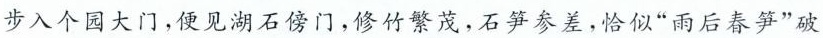
步入个园大门，便见湖石傍门，修竹繁茂，石笋参差，恰似”雨后春笋”破